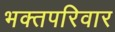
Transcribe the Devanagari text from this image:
भक्तपरिवार